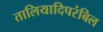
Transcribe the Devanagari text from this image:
तालियादिपरंबिल